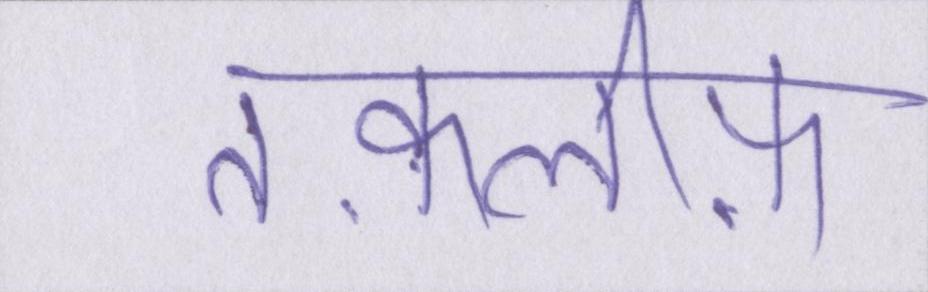
तक़लीफ़